King Institute of Preventive Medicine Micro-Biological Section reports 1909-11
Year: 1909
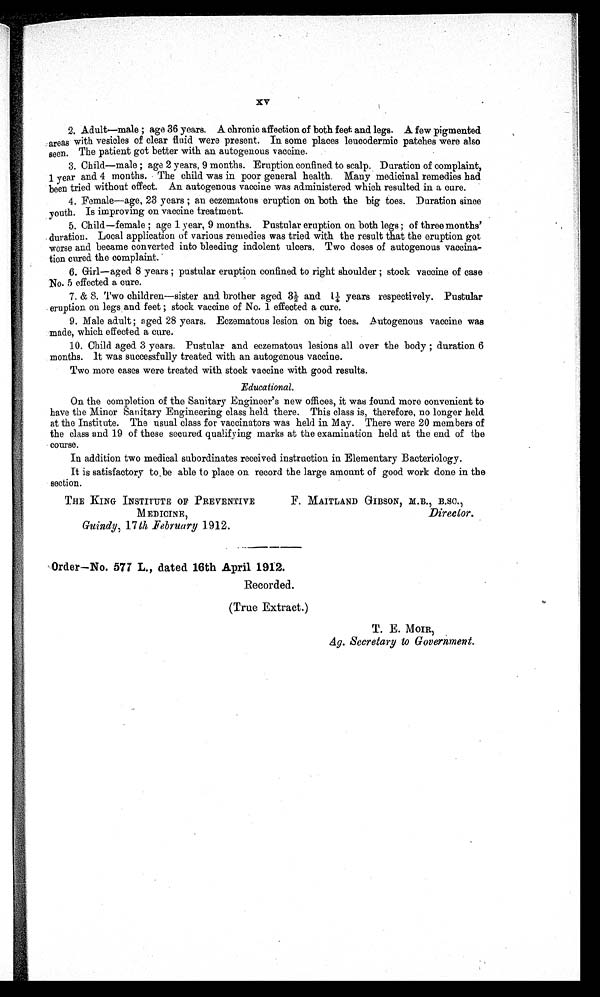
x v
2. Adult—male ; age 36 years. A chronic affection of both feet and legs. A few pigmented
areas with vesicles of clear fluid were present. In some places leucodermic patches were also
seen. The patient got better with an autogonous vaccine.
3. Child—male ; age 2 years, 9 months. Eruption confined to scalp. Duration of complaint,
1 year and 4 months. The child was in poor general health. Many medicinal remedies had
been tried without effect. An autogenous vaccine was administered which resulted in a cure.
4. Female—age, 23 years ; an eczematous eruption on both the big toes. Duration since
youth. Is improving on vaccine treatment.
5. Child—female ; age 1 year, 9 months. Pustular eruption on both legs ; of three months'
duration. Local application of various remedies was tried with the result that the eruption got
worse and became converted into bleeding indolent ulcers. Two doses of autogenous vaccina-
tion cured the complaint.
6. Girl—aged 8 years ; pustular eruption confined to right shoulder ; stock vaccine of case
No. 5 effected a cure.
7. & 8. Two children—sister and brother aged 3½ and 1¼ years respectively. Pustular
eruption on legs , and feet ; stock vaccine of No. 1 effected a cure.
9. Male adult ; aged 28 years. Eczematous lesion on big toes. Autogenous vaccine was
made, which effected a cure.
10. Child aged 3 years. Pustular and eczematous lesions all over the body ; duration 6
months. It was successfully treated with an autogenous vaccine.
Two more cases were treated with stock vaccine with good results.
Educational.
On the completion of the Sanitary Engineer's new offices, it was found more convenient to
have the Minor Sanitary Engineering class held there. This class is, therefore, no longer held
at the Institute. The usual class for vaccinators was held in May. There were 20 members of
the class and 19 of these secured qualifying marks at the examination held at the end of the
course.
In addition two medical subordinates received instruction in Elementary Bacteriology.
It is satisfactory to be able to place on record the large amount of good work done in the
section.
THE KING INSTITUTE OF PREVENTIVE
F. MAITLAND GIBBON
,
M.B., B.SC.,
MEDICINE ,
Dirrector..
Guindy,17th _February 1912.
Order—No. 577 L., dated 16th April 1912.
Recorded.
(True Extract.)
T. E. MOIR,
A
g .
S e c r e t a r y t o G o v e r n m e n t .